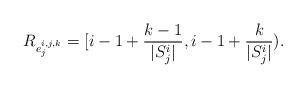
LaTeX: \begin{align*}R_{e^{i,j,k}_j} = [i-1+\frac{k-1}{|S^i_j|},i-1+\frac{k}{|S^i_j|}).\end{align*}